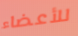
للأعضاء